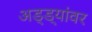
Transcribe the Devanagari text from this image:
अड्ड्यांवर